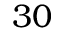
3 0